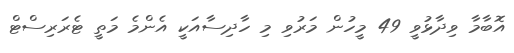
އޮބާމާ ވިދާޅުވީ 49 މީހުން މަރުވި މި ހާދިސާއަކީ އެންމެ މަތީ ޓެރަރިސްޓް